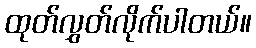
ထုတ်လွှတ်လိုက်ပါတယ်။